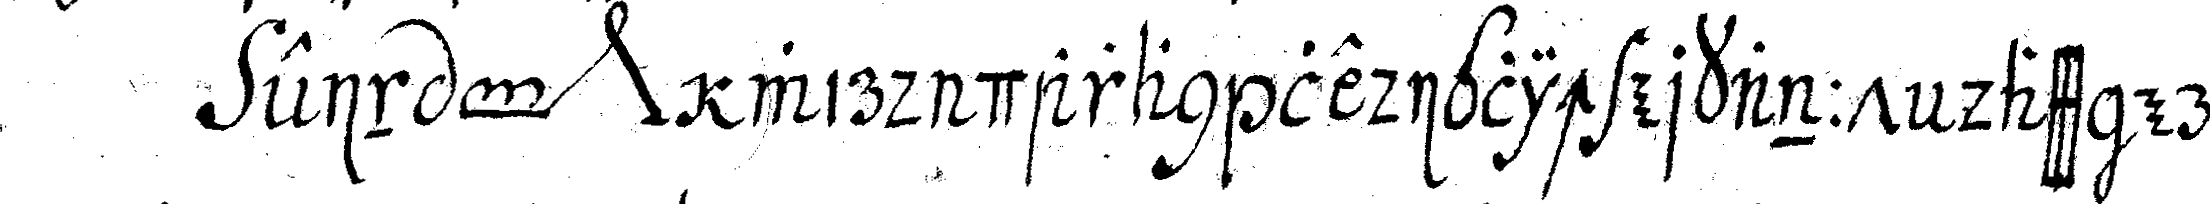
ein *toe* *nee* wird daran lediglich erkannt dass er